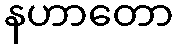
နဟာတော